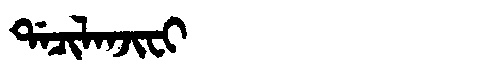
Manchu: ᡩᠠᠴᡳᠯᠠᠨᠵᡳᠸᡳ
Romanization: DACILANJIFI